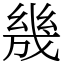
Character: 㡬